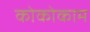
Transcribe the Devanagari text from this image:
कोकोकाम